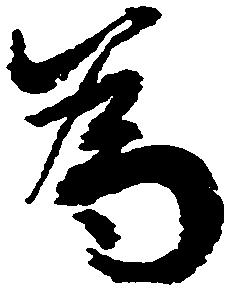
為